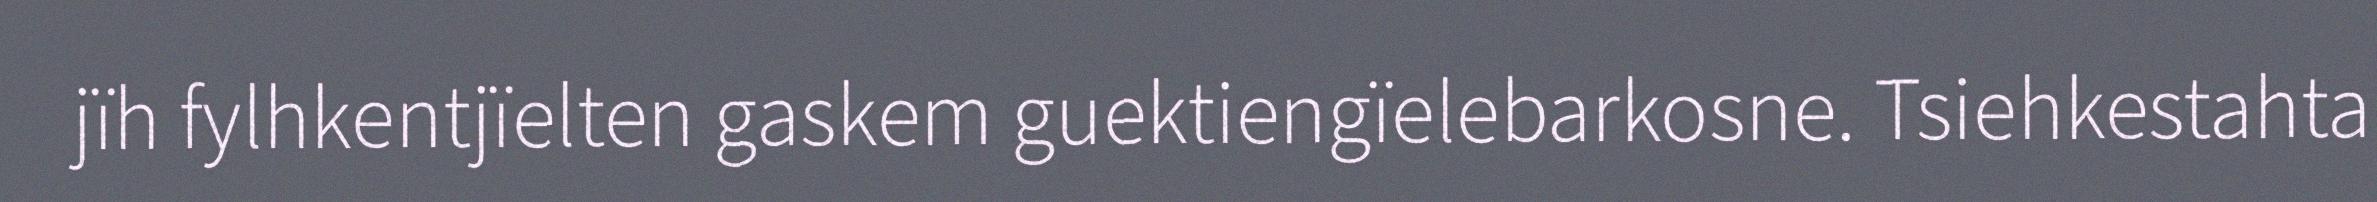
jïh fylhkentjïelten gaskem guektiengïelebarkosne. Tsiehkestahta